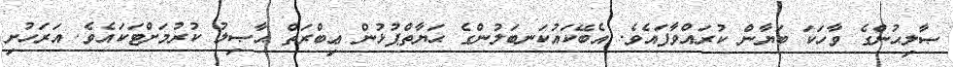
ޞާލިޙުންގެ ވާހަކަ ބަޔާން ކުރައްވާފައެވެ. އެބޭކައުކަނބަލުންގެ ޙަޔާތްޕުޅުން ޢިބްރަތް ޙާޞިލު ކުރުމަށްޓަކައެވެ. އަރަހުށި